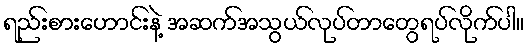
ရည်းစားဟောင်းနဲ့ အဆက်အသွယ်လုပ်တာတွေရပ်လိုက်ပါ။